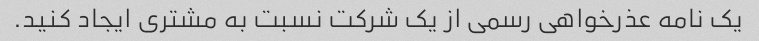
یک نامه عذرخواهی رسمی از یک شرکت نسبت به مشتری ایجاد کنید.